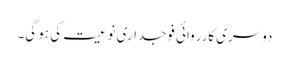
دوسری کارروائی فوجداری نوعیت کی ہو گی۔